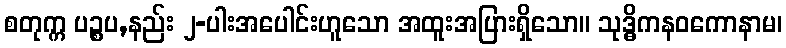
စတုက္က ပဉ္စပ,နည်း ၂-ပါးအပေါင်းဟူသော အထူးအပြားရှိသော။ သုဒ္ဓိကနဝကောနာမ၊